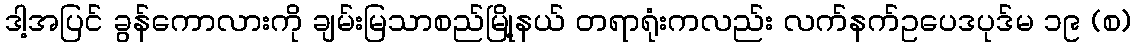
ဒါ့အပြင် ခွန်ကောလားကို ချမ်းမြသာစည်မြို့နယ် တရာရုံးကလည်း လက်နက်ဥပေဒပုဒ်မ ၁၉ (စ)